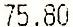
75.80